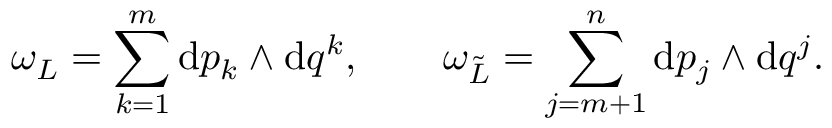
\omega _ { \cal L } = \sum _ { k = 1 } ^ { m } \mathrm { d } p _ { k } \wedge \mathrm { d } q ^ { k } , \qquad \omega _ { \tilde { \cal L } } = \sum _ { j = m + 1 } ^ { n } \mathrm { d } p _ { j } \wedge \mathrm { d } q ^ { j } .